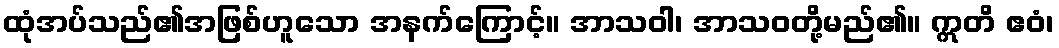
ထုံအပ်သည်၏အဖြစ်ဟူသော အနက်ကြောင့်။ အာသဝါ၊ အာသဝတို့မည်၏။ ဣတိ ဧဝံ၊